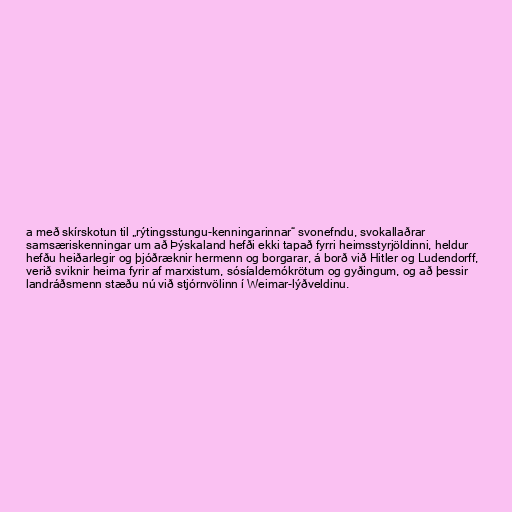
a með skírskotun til „rýtingsstungu-kenningarinnar“ svonefndu, svokallaðrar
samsæriskenningar um að Þýskaland hefði ekki tapað fyrri heimsstyrjöldinni, heldur
hefðu heiðarlegir og þjóðræknir hermenn og borgarar, á borð við Hitler og Ludendorff,
verið sviknir heima fyrir af marxistum, sósíaldemókrötum og gyðingum, og að þessir
landráðsmenn stæðu nú við stjórnvölinn í Weimar-lýðveldinu.